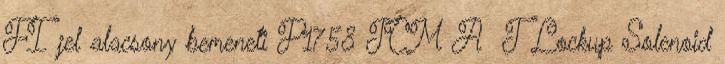
FI jel alacsony bemeneti P1758 TCM A T Lockup Solenoid